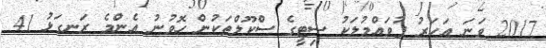
2017 ވަނަ އަހަރު ފުވައްމުލަކު ސިޓީގެ ސްކޫލްތަކުން ހޮވުނު އެންމެ ރަނގަޅު 41